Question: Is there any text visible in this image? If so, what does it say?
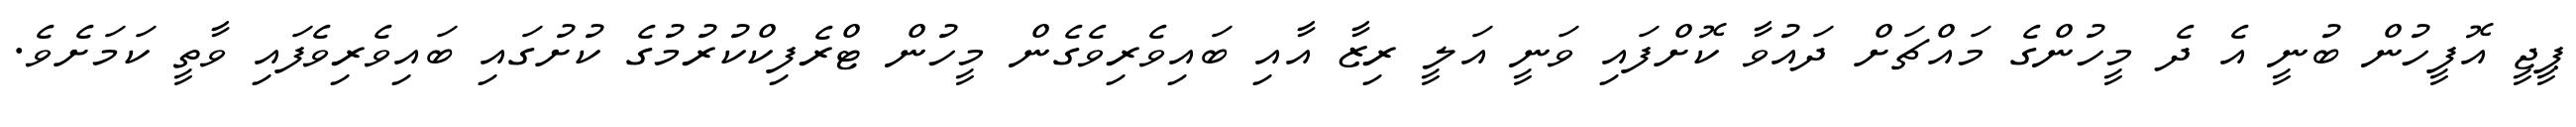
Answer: ޕީޖީ އޮފީހުން ބުނީ އެ ދެ މީހުންގެ މައްޗަށް ދައުވާ ކޮށްފައި ވަނީ އަލީ ރިޒާ އާއި ބައިވެރިވެގެން މީހުން ޓްރެފިކްކުރުމުގެ ކުށުގައި ބައިވެރިވެފައި ވާތީ ކަމަށެވެ.